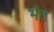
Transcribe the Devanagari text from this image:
भेेंट